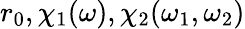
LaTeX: r_{0},\chi_{1}(\omega),\chi_{2}(\omega_{1},\omega_{2})